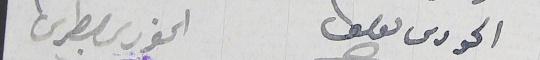
الحورى ىوسف                          الخورى بطرس